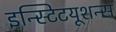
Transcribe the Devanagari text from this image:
इन्स्टिटयूशन्स